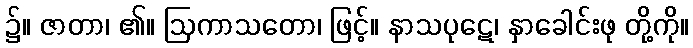
၌။ ဇာတာ၊ ၏။ ဩကာသတော၊ ဖြင့်။ နာသပုဋေ၊ နှာခေါင်းဖု တို့ကို။